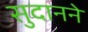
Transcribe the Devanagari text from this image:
सुदानने